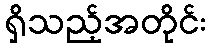
ရှိသည့်အတိုင်း